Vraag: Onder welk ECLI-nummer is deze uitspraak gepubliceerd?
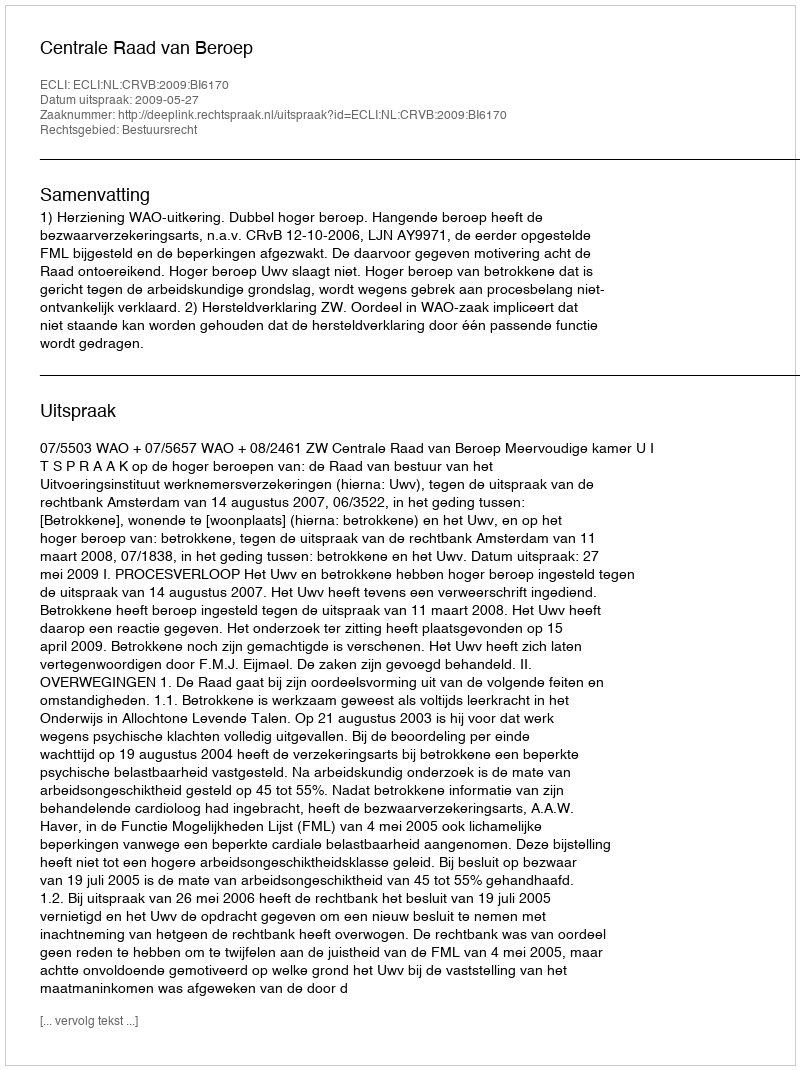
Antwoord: ECLI:NL:CRVB:2009:BI6170